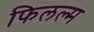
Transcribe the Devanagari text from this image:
फिलल्म